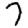
Digit: 7